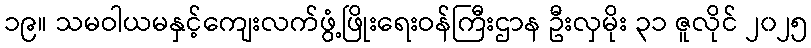
၁၉။ သမဝါယမနှင့်ကျေးလက်ဖွံ့ဖြိုးရေးဝန်ကြီးဌာန ဦးလှမိုး ၃၁ ဇူလိုင် ၂၀၂၅